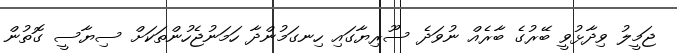
ޖަމީލު ވިދާޅުވީ ބޭރުގެ ބާރެއް ނުވަދެ ސޫރިޔާގައި ހިނގަމުންދާ ހަމަނުޖެހުންތަކަށް ސިޔާސީ ގޮތުން